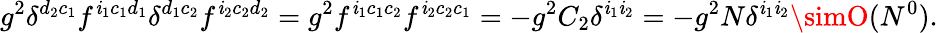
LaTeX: g^{2}\delta^{d_{2}c_{1}}f^{\mathit{i}_{1}c_{1}d_{1}}\delta^{d_{1}c_{2}}f^{\mathit{i}_{2}c_{2}d_{2}}=g^{2}f^{\mathit{i}_{1}c_{1}c_{2}}f^{\mathit{i}_{2}c_{2}c_{1}}=-g^{2}C_{2}\delta^{\mathit{i}_{1}\mathit{i}_{2}}=-g^{2}N\delta^{\mathit{i}_{1}\mathit{i}_{2}}\simO(N^{0}).